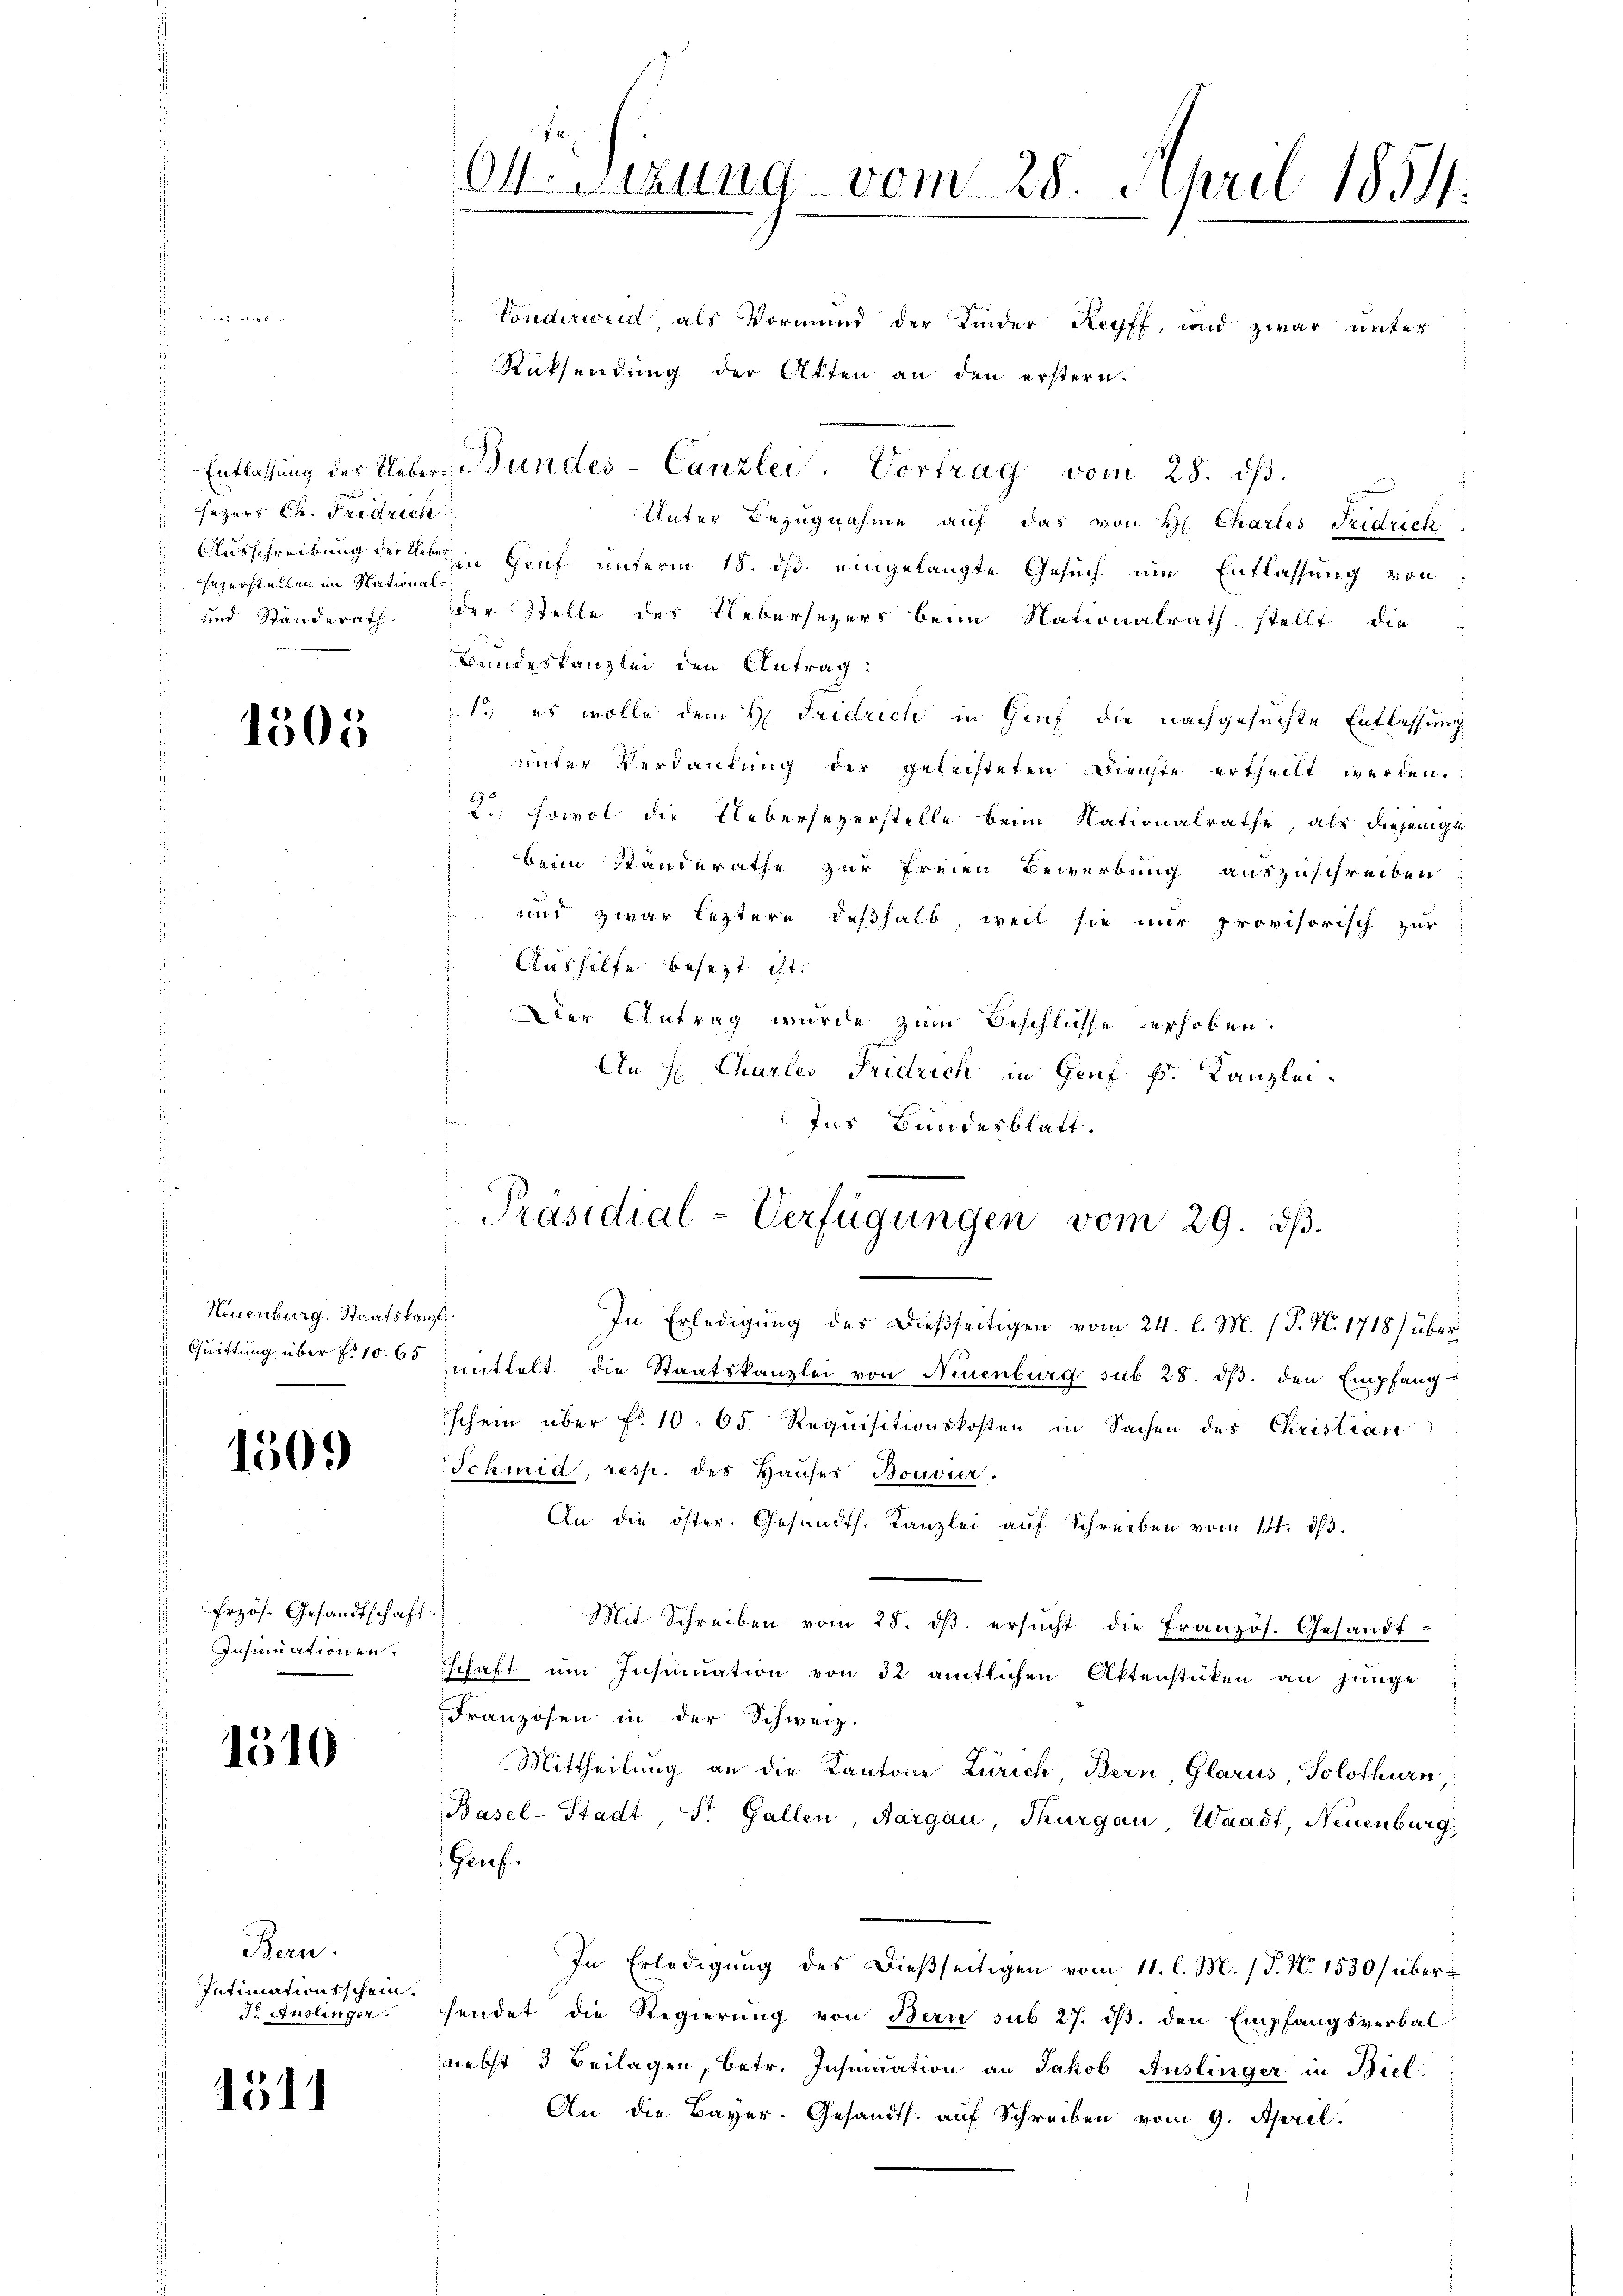
sezers Ch. Fridrich
hezerstellen im Stational¬

1305.

Neuenburg. Staatskanzl

1509

frzös. Gesandtschaft.
Insinuationen.

1510

Bern.
Intimationsschein.
d. Auslinger.

1511

O.Sizung vom 28. April 1851.
2 S 114

e
Unter Bezugnahme auf das von H. Chartes Fridrich
Ausschreibung der ein Genf unterm 18. ds. eingelangte Gesuch um Entlassung von
und Standerath. Der Stelle des Uebersezers beim Nationalrath stellt die
Bundeskanzlei den Antrag:
1., es wolle dem H: Fridrich in Gruf die nachgesuchte Entlassung
unter Verdankung der geleisteten Dienste ertheilt werden.
2.) Sowol die Uebersezerstelle beim Nationalrathe, als diejenige
beim Standerathe zur freien Bewerbung auszuschreiben
 und zwar leztere deßhalb, weil sie nur provisorisch zur
Aushilfe besezt ist.
Der Antrag wurde zum Beschlüsse erhoben.
An H. Charles Fridrich in Genf k. Kanzlei¬
Ins Bundesblatt.

Vonderweid, als Vormund der Kinder Reyff, und zwar unter
Rücksendung der Akten an den erstern.
Entlassung der Ueber-Bundes-Canzlei. Vortrag vom 28. dβ.

Präsidial-Verfügungen vom 29. ds.

In Erledigŭng des dießseitigen vom 24. l. M. / P. Nr. 1718) über
 Quittung über 10. 65 mittelt die Staatskanzlei von Neuenburg sub 28. dβ. den Empfang
schein über No 10. 65 Requisitionskosten in Sachen des Christian
Schmid, resp. des Hauses Bouvier.
An die öster. Gesandts. Kanzlei auf Schreiben vom 14. ds.
Mit Schreiben vom 28. dβ. ersŭcht die französ. Gesandt-
schaft um Insinuation von 32 amtlichen Aktenstücken an junge
Franzosen in der Schweiz.
Mittheilung an die Kantone Zürich, Bern, Glarus, Solothurn,
Basel-Stadt St. Gallen, Aargau, Thurgau, Waadt, Neuenburg
Genf.
In Erledigung des dießseitigen vom 11. l. M. (T. N. 1530/ überhendet die Regierŭng von Bern sub 27. dβ. den Empfangsverbal
nebst 3 Beilagen, betr. Insinuation an Jakob Auslinger in Biel.
An die Bayer-Gesandts. auf Schreiben vom 9. April.